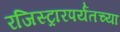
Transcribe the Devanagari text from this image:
रजिस्ट्रारपर्यंतच्या